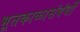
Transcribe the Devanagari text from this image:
भूतकाळासंबंधी